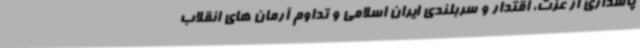
پاسداری از عزت، اقتدار و سربلندی ایران اسلامی و تداوم آرمان های انقلاب